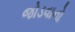
જોડવાનો